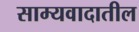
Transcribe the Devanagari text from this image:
साम्यवादातील